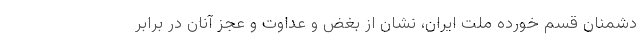
دشمنان قسم خورده ملت ایران، نشان از بغض و عداوت و عجز آنان در برابر